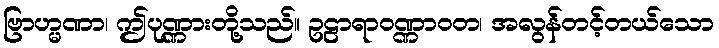
ဗြာဟ္မဏာ၊ ဤပုဏ္ဏားတို့သည်။ ဥဠာရာဝဏ္ဏာဝတ၊ အလွန်တင့်တယ်သော